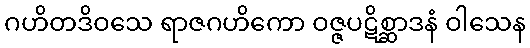
ဂဟိတဒိဝသေ ရာဇဂဟိကော ဝဇ္ဇပဋိစ္ဆာဒနံ ဝါသေန